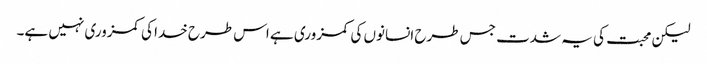
لیکن محبت کی یہ شدت جس طرح انسانوں کی کمزوری ہے اس طرح خدا کی کمزوری نہیں ہے۔